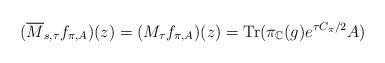
LaTeX: \begin{align*}(\overline{M}_{s,\tau}f_{\pi,A})(z)=(M_{\tau}f_{\pi,A})(z)=\mathrm{Tr}(\pi_{\mathbb{C}}(g)e^{\tau C_{\pi}/2}A)\end{align*}